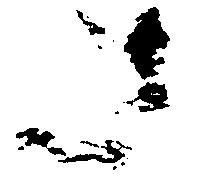
さ